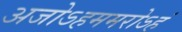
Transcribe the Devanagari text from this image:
अजोऽहममरोऽहं